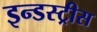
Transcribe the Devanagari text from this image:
इन्डस्ट्रीस